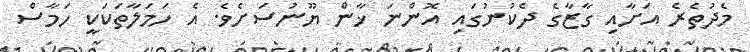
މެދުތެރެ އަށާއި ގާޒާގެ ދެކުނުގައި އޮންނަ ޚާން ޔޫނުސަށެވެ. އެ ހަމަލާތަކަކީ ހަމާސް